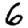
Digit: 6